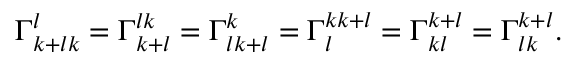
\Gamma _ { k + l k } ^ { l } = \Gamma _ { k + l } ^ { l k } = \Gamma _ { l k + l } ^ { k } = \Gamma _ { l } ^ { k k + l } = \Gamma _ { k l } ^ { k + l } = \Gamma _ { l k } ^ { k + l } .